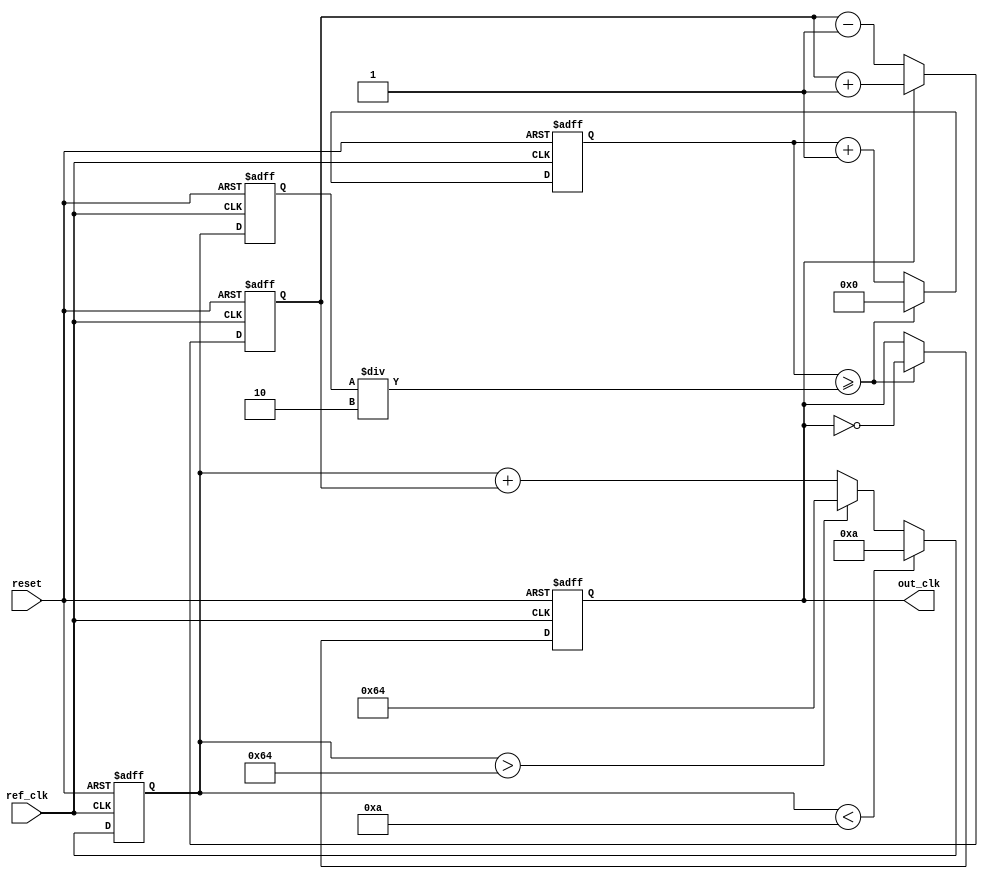
module MemoryBlocksLinearPLL (
    input wire ref_clk,          // Reference clock input
    input wire reset,           // Asynchronous reset
    output reg out_clk          // Output clock
);

// Parameters
parameter VCO_MAX_FREQ = 100; // Maximum frequency for VCO
parameter VCO_MIN_FREQ = 10;   // Minimum frequency for VCO
parameter DIV_FACTOR = 2;      // Frequency divider factor

// Internal signals
reg [7:0] phase_error;          // Phase error signal from PD
reg [7:0] control_voltage;       // Control voltage for VCO
reg [7:0] vco_output;            // VCO output frequency
reg [7:0] memory_block;          // Memory block for storing calibration data
reg [31:0] counter;              // Counter for output clock generation

// Phase Detector (PD)
always @(posedge ref_clk or posedge reset) begin
    if (reset) begin
        phase_error <= 8'b0;
    end else begin
        // Simple phase detector logic (leading/lagging detection)
        if (out_clk) begin
            phase_error <= phase_error + 1; // Increment if out_clk is leading
        end else begin
            phase_error <= phase_error - 1; // Decrement if out_clk is lagging
        end
    end
end

// Loop Filter
always @(posedge ref_clk or posedge reset) begin
    if (reset) begin
        control_voltage <= 8'b0;
    end else begin
        // Simple low-pass filter (integrator)
        control_voltage <= control_voltage + phase_error;
        // Clamp control voltage to VCO range
        if (control_voltage > VCO_MAX_FREQ) control_voltage <= VCO_MAX_FREQ;
        if (control_voltage < VCO_MIN_FREQ) control_voltage <= VCO_MIN_FREQ;
    end
end

// Voltage-Controlled Oscillator (VCO)
always @(posedge ref_clk or posedge reset) begin
    if (reset) begin
        vco_output <= VCO_MIN_FREQ; // Start at minimum frequency
    end else begin
        vco_output <= control_voltage; // Output frequency controlled by voltage
    end
end

// Frequency Divider
always @(posedge ref_clk or posedge reset) begin
    if (reset) begin
        counter <= 32'b0;
        out_clk <= 1'b0;
    end else begin
        counter <= counter + 1;
        if (counter >= (vco_output / DIV_FACTOR)) begin
            out_clk <= ~out_clk; // Toggle output clock
            counter <= 32'b0;    // Reset counter
        end
    end
end

// Memory Block (for calibration data)
always @(posedge ref_clk or posedge reset) begin
    if (reset) begin
        memory_block <= 8'b0; // Initialize memory block
    end else begin
        // Example: Store phase error for calibration
        memory_block <= phase_error; // Store current phase error
    end
end

endmodule